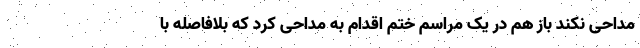
مداحی نکند باز هم در یک مراسم ختم اقدام به مداحی کرد که بلافاصله با